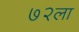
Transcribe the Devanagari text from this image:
७२ला